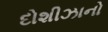
દોશીઝાનો